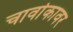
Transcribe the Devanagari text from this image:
चार्वाकावर